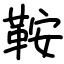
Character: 鞍